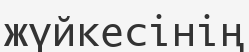
жүйкесінің